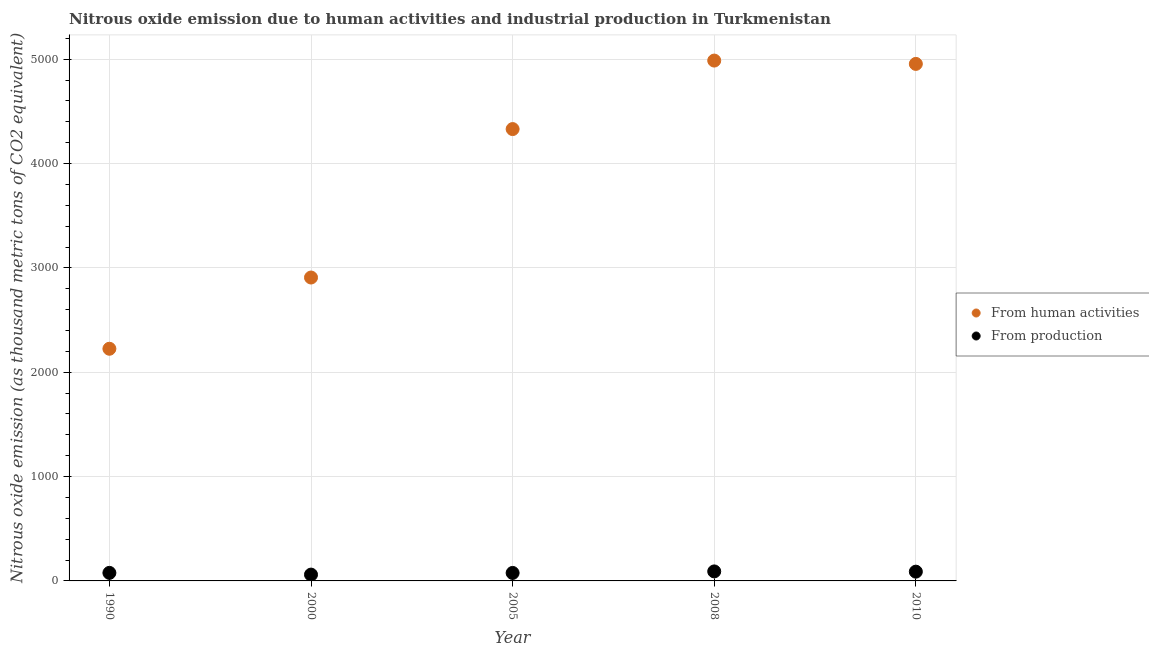
| Year | From human activities | From production |
 | --- | --- | --- |
 | 1990 | 2.23e+03 | 77.1 |
 | 2000 | 2.91e+03 | 60.5 |
 | 2005 | 4.33e+03 | 76.5 |
 | 2008 | 4.99e+03 | 91.1 |
 | 2010 | 4.96e+03 | 88.7 |